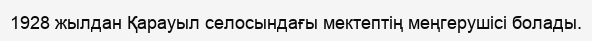
1928 жылдан Қарауыл селосындағы мектептің меңгерушісі болады.